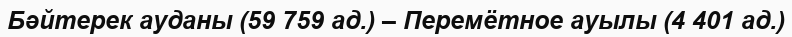
Бәйтерек ауданы (59 759 ад.) – Перемётное ауылы (4 401 ад.)